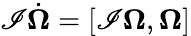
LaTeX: \mathscr{I}\dot{{\boldsymbol\Omega}}=[\mathscr{I}{\boldsymbol\Omega},{\boldsymbol\Omega}]